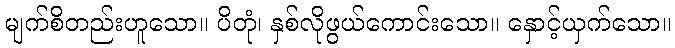
မျက်စိတည်းဟူသော။ ပိတုံ၊ နှစ်လိုဖွယ်ကောင်းသော။ နှောင့်ယှက်သော။